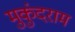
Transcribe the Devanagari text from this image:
मुकुंदराम